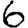
Digit: 6